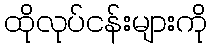
ထိုလုပ်ငန်းများကို